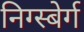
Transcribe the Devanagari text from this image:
निग्स्बेर्ग